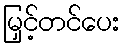
မြှင့်တင်ပေး